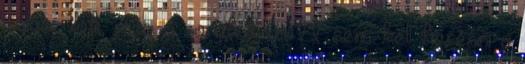
válaszolok, még a sorok között sem kell keresni a